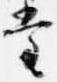
堂